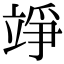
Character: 竫